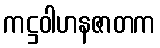
ကဋ္ဌဝါဟနဇာတက